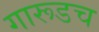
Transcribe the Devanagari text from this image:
गारूडच